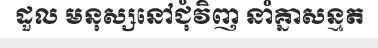
ដួល មនុស្សនៅជុំវិញ នាំគ្នាសន្មត